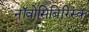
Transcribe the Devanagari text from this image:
नॉवोसिबिरिस्क